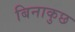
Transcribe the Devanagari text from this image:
बिनाकुछ